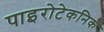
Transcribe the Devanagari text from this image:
पाइरोटेकनिक